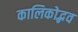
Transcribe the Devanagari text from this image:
कालिकोद्भव